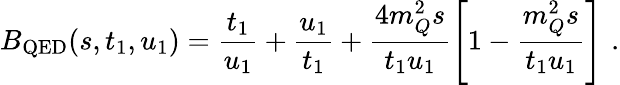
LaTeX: B_{\mathrm{QED}}(s,t_{1},u_{1})=\frac{t_{1}}{u_{1}}+\frac{u_{1}}{t_{1}}+\frac{4m_{Q}^{2}s}{t_{1}u_{1}}\left[1-\frac{m_{Q}^{2}s}{t_{1}u_{1}}\right]\, \, .